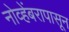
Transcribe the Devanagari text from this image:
नोव्हेंबरापासून